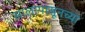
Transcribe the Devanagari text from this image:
सालापासूनच्या